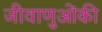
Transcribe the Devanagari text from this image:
जीवाणुओंकी